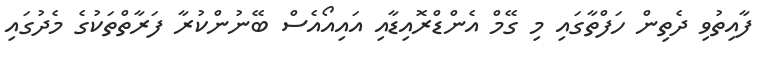
ފާއިތުވި ދެތިން ހަފްތާގައި މި ގޭމް އެންޑްރޮއިޑާއި އައިއޯއެސް ބޭނުންކުރާ ފަރާތްތަކުގެ މެދުގައި